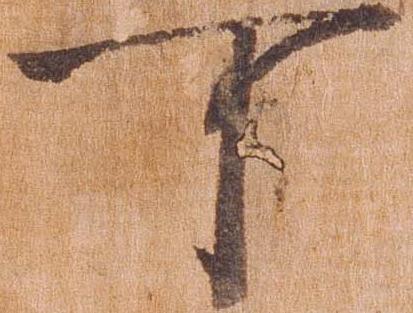
可